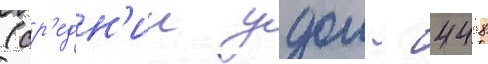
(ср'едн'ии удои - 4498